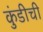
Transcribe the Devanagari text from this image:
कुंडीची